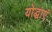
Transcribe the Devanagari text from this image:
योद्धाएं